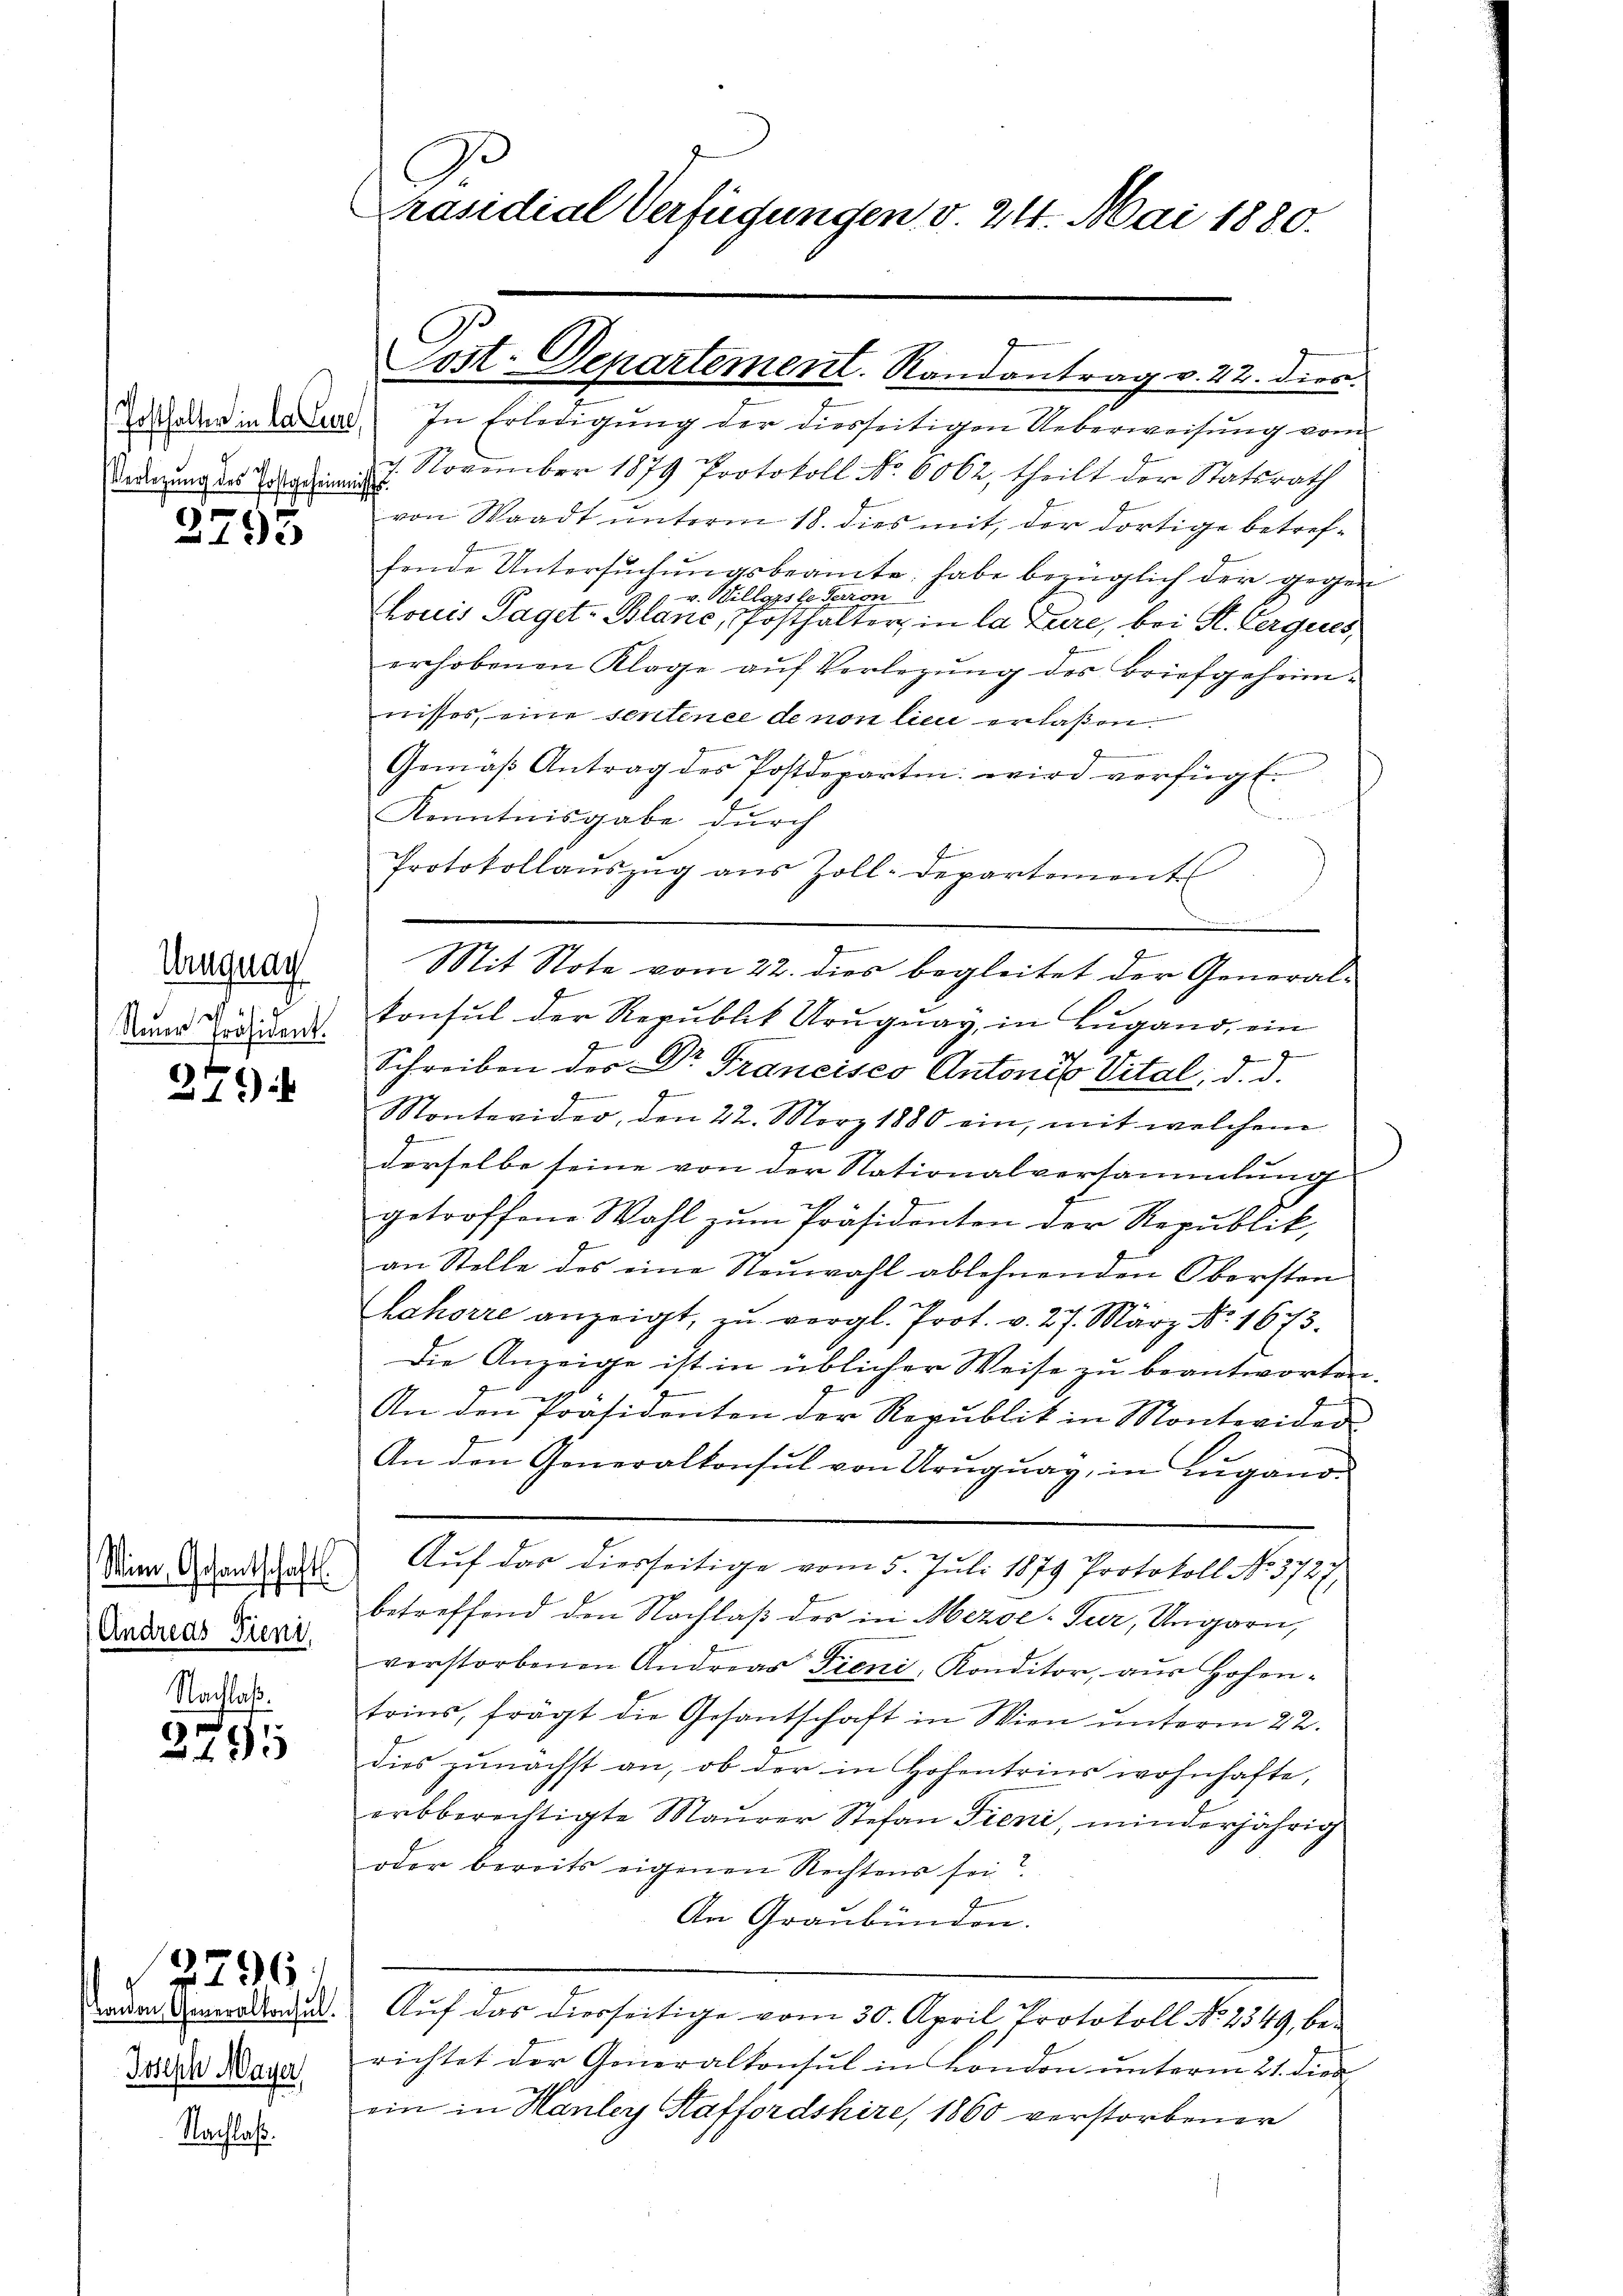
Verlegung des Postgeheimniss.

3795

Ungnach
Steuer Präsident.

279

Wien, Gesantschaft

Andreas Dieni
Nachlaß.

3795

Kanon, Generalkonsul
Joseph Mayer,

2296.

Nachlaß.

Präsidial Verfügungen v. 24. Mai 1880.

Post. Departement. Randantrag v. 22. dies.

Zaheder in tadel In Erledigung der diesseitigen Ueberweisung vom
7. November 1879 Protokoll No 6062, theilt der Statsrath
von Waadt unterm 18. dies mit, der dortige betreffende Untersŭchŭngsbeamte habe bezüglich der gegen
 v. Willerste Perion
Souis Paget-Blanc, Posthalter in la Lure, bei St. Gerques,
erhobenen Klage auf Vorlegung des Briefgeheimnisses, eine sentence de non lieu erlaßen.
Gemäß Antrag des Postdepartin wird verfügt.
Kenntnisgabe durch
Protokollauszug aus Zoll-Departements
Mit Note vom 22. dies begleitet der Generalkonsul der Republik Uruguay, in Lugano, ein
Schreiben der Dr Trancisco Antonis Vital, d. d.
z
u
Montevider, den 22. März 1880 ein, mit welchem
derselbe seine von der Nationalversammlung
getroffene Wahl zŭm Präsidenten der Republik
an Stelle des eine Neuwahl ablehnenden Obersten
Cahorre anzeigt, zu vergl. Prot. v. 27. März No. 1673.
Die Anzeige ist in üblicher Weise zu beantworten.
An den Präsidenten der Republik in Montevider
An den Generalkonsul von Uruguag, in Zugano¬
Auf das diesseitige vom 5. Juli 1879 Protokoll No. 3727
betreffend den Nachlaß der in Mezoe-Tur, Ungarn,
verstorbenen Andreas Fieni, Konditor, aŭs Hohen-
trins, frägt die Gesantschaft in Wien unterm 22.
dies zŭnächst an, ob der in Hohentrins wohnhafte,
arbberechtigte Maurer Stefan Tieni, minderjährig
oder bereits eigenen Rechtens sei?
An Graubünden.
Auf das diesseitige vom 30. April Protokoll No 2349, berichtet der Generalkonsul in London unterm 21. dies
ein in Hanley Staffordshire, 1860 verstorbener